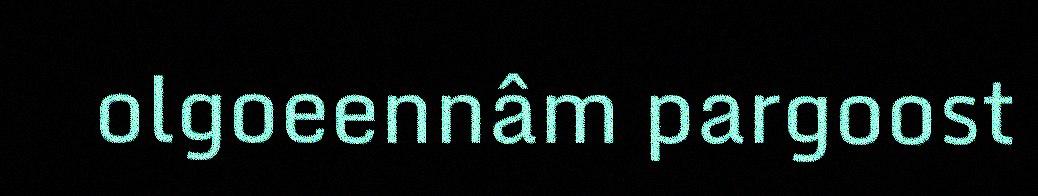
olgoeennâm pargoost